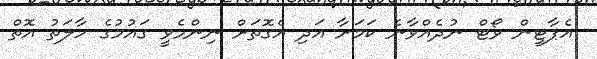
އެޕާޓީން ވޯޓް ނުދެއްވާނެ ކަމަށާ އަދި އެގޮތަށް ނިންމެވީ ގައުމުގެ ހާލަތު އޮތް